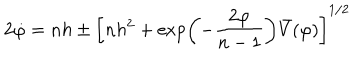
2 \dot { \varphi } = n h \pm \left[ n h ^ { 2 } + \exp \left( - \frac { 2 \varphi } { n - 1 } \right) \bar { V } ( \varphi ) \right] ^ { 1 / 2 }